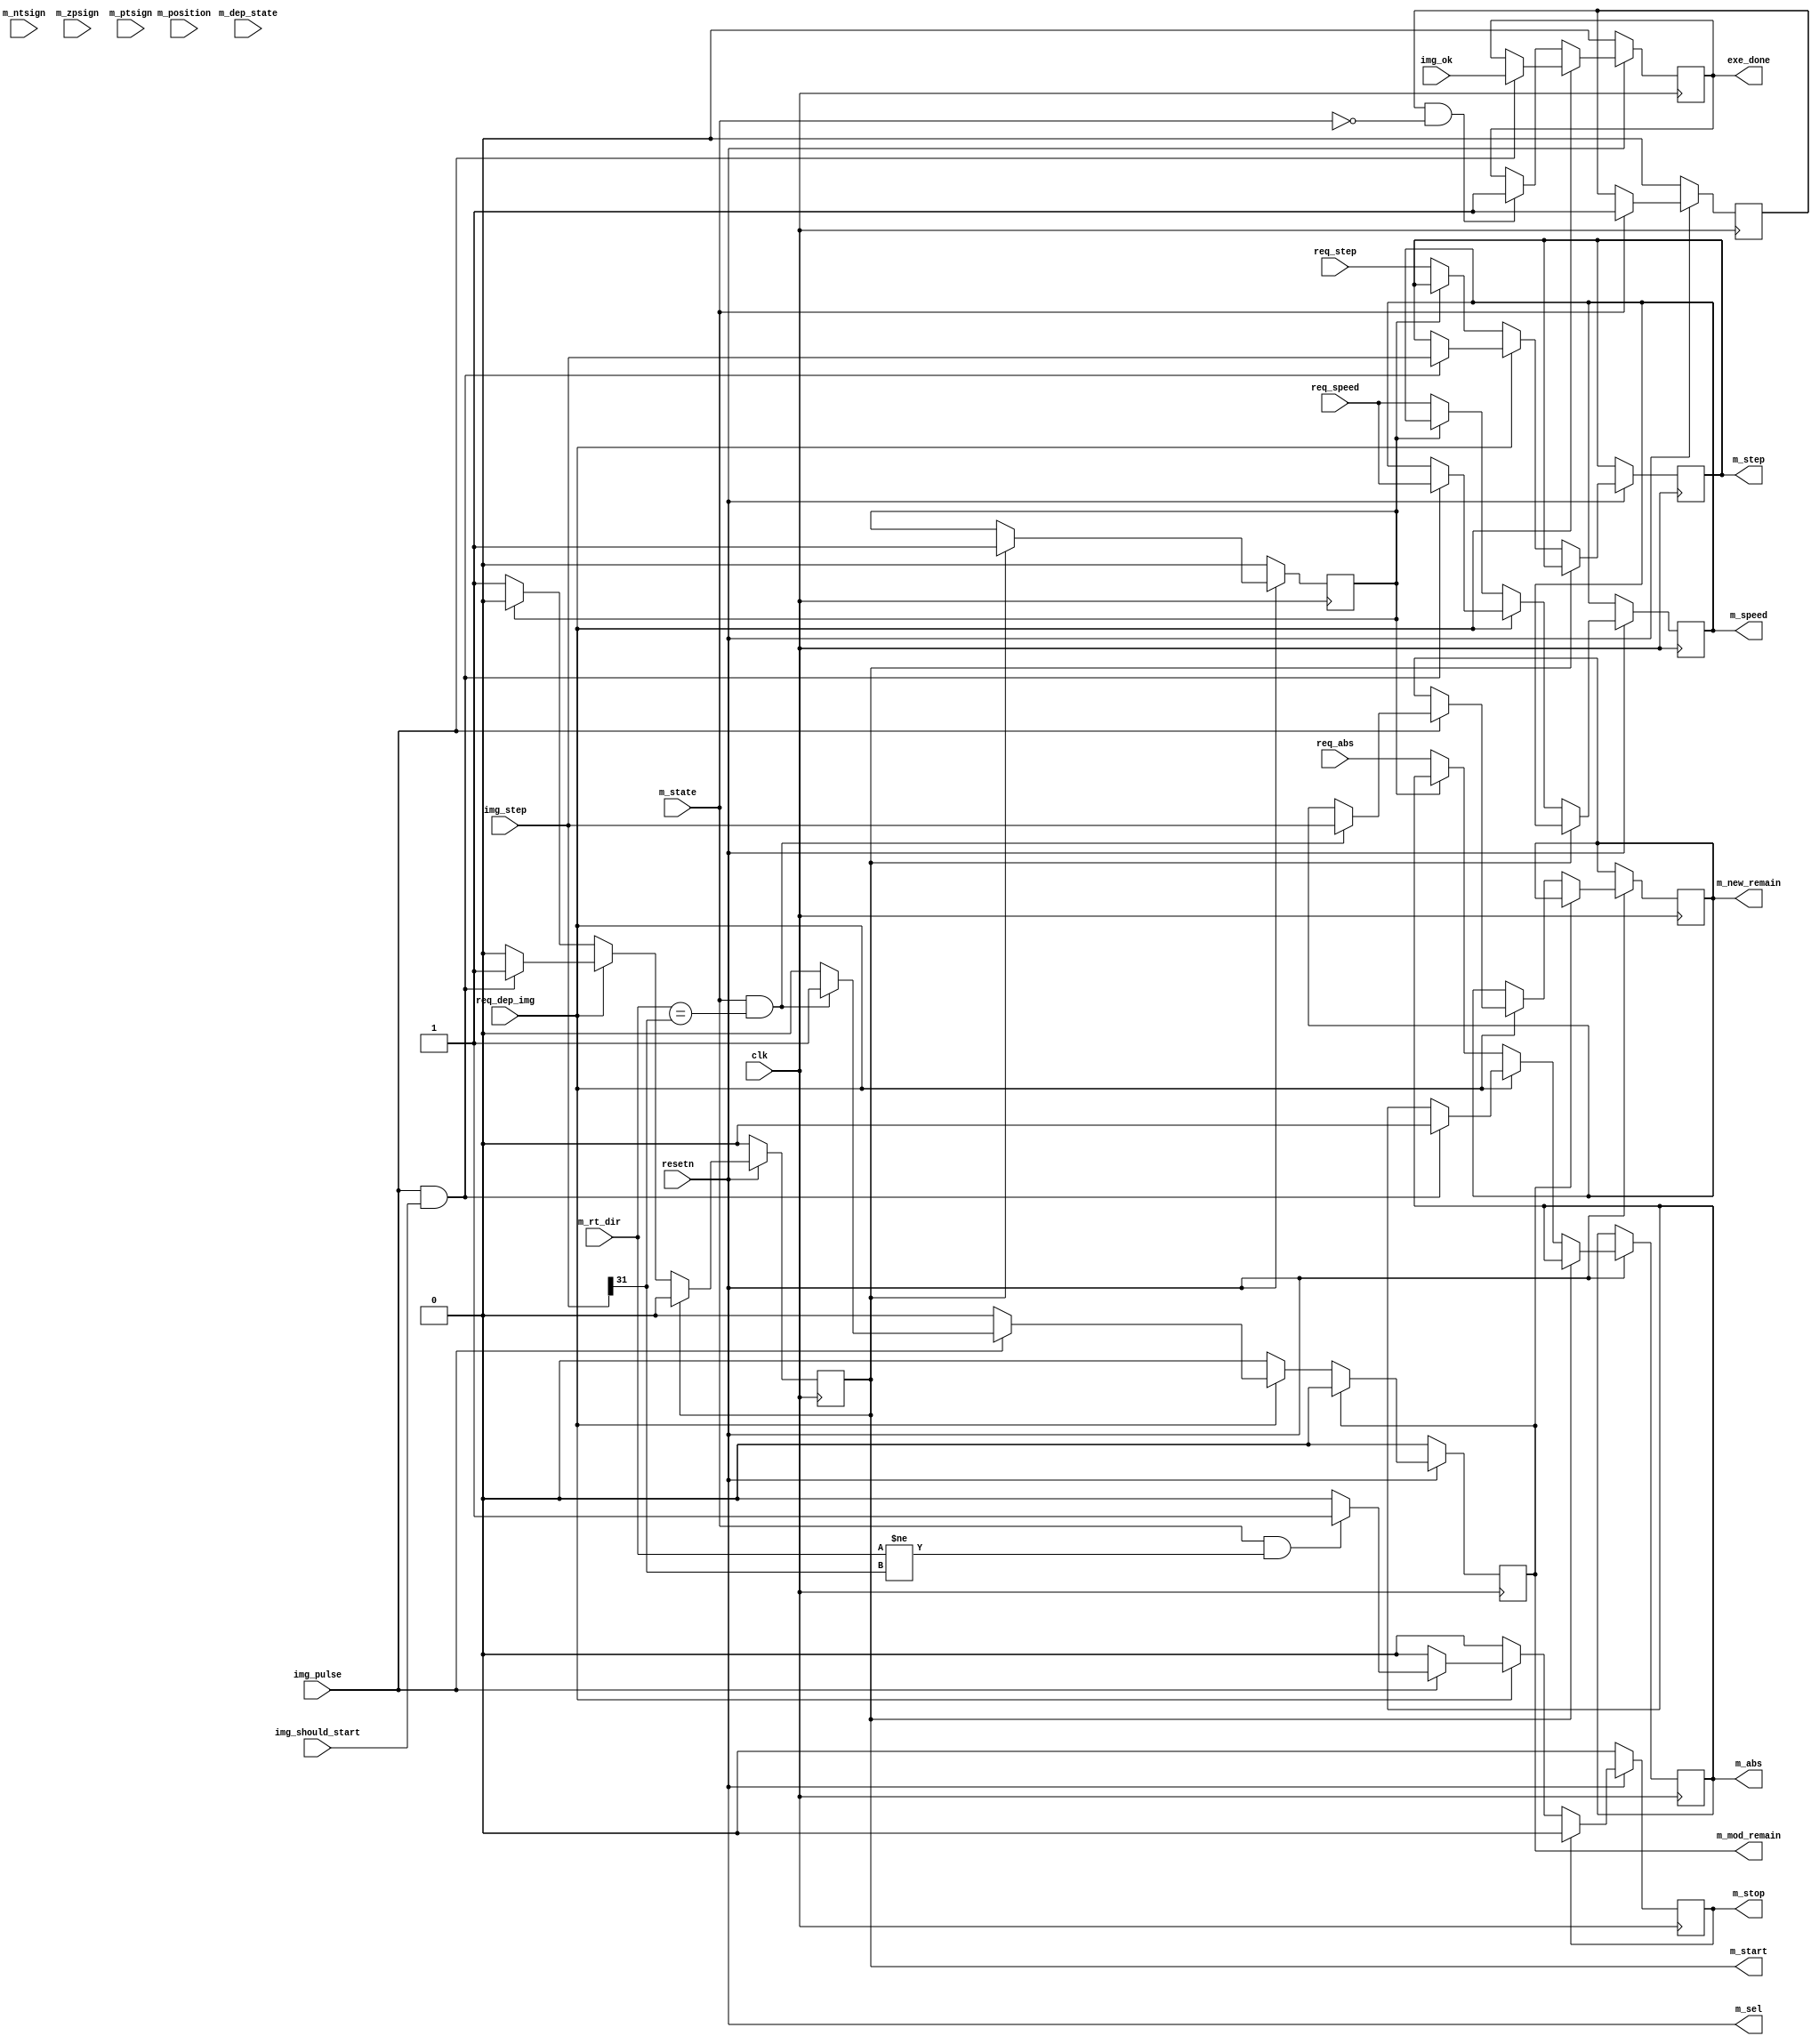
`timescale 1ns / 1ps

module AM_ctl # (
	parameter integer C_STEP_NUMBER_WIDTH = 32,
	parameter integer C_SPEED_DATA_WIDTH = 32
) (
	input wire clk,
	input wire resetn,

	output reg          exe_done,

	input wire                req_abs,
	input wire                req_dep_img,
	input wire [C_SPEED_DATA_WIDTH-1:0]  req_speed,
	input wire signed [C_STEP_NUMBER_WIDTH-1:0] req_step,

	output wire                                  m_sel     ,
	input  wire                                  m_ntsign  ,
	input  wire                                  m_zpsign  ,
	input  wire                                  m_ptsign  ,
	input  wire                                  m_state   ,
	input  wire                                  m_rt_dir  ,
	input  wire signed [C_STEP_NUMBER_WIDTH-1:0] m_position,
	output reg                                   m_start   ,
	output reg                                   m_stop    ,
	output reg  [C_SPEED_DATA_WIDTH-1:0]         m_speed   ,
	output reg  signed [C_STEP_NUMBER_WIDTH-1:0] m_step    ,
	output reg                                   m_abs     ,
	output reg                                   m_mod_remain,
	output reg  signed [C_STEP_NUMBER_WIDTH-1:0] m_new_remain,

	input  wire                           m_dep_state,

	input wire img_pulse,
	input wire signed [C_STEP_NUMBER_WIDTH-1:0] img_step,
	input wire img_ok,
	input wire img_should_start
);

	wire m_running;
	assign m_running = m_state;

	reg m_started;
	always @ (posedge clk) begin
		if (resetn == 1'b0)
			m_started <= 1'b0;
		else if (m_start)
			m_started <= 1'b1;
	end

	reg m_run_over;
	always @ (posedge clk) begin
		if (resetn == 1'b0)
			m_run_over <= 1'b0;
		else if (m_running)
			m_run_over <= 1'b1;
	end
	wire m_stopped;
	assign m_stopped = (m_run_over && ~m_running);

	always @ (posedge clk) begin
		if (resetn == 1'b0) begin
			exe_done <= 0;
		end
		else if (req_dep_img) begin
			if (img_pulse)
				exe_done <= img_ok;
		end
		else begin
			if (m_stopped)
				exe_done <= 1;
		end
	end

	/// start
	always @ (posedge clk) begin
		if (resetn == 1'b0) begin
			m_start  <= 1'b0;
		end
		else if (m_start == 1'b1) begin
			m_start  <= 1'b0;
		end
		else if (req_dep_img) begin
			if (img_pulse && img_should_start) begin
				m_start <= 1'b1;
				m_speed <= req_speed;
				m_step  <= img_step;
				m_abs   <= 1'b0;
			end
		end
		else begin
			if (m_started == 1'b0) begin
				m_start <= 1'b1;
				m_speed <= req_speed;
				m_step  <= req_step;
				m_abs   <= req_abs;
			end
		end
	end
	/// stop
	always @ (posedge clk) begin
		if (resetn == 1'b0) begin
			m_stop  <= 1'b0;
		end
		else if (m_stop == 1'b1) begin
			m_stop  <= 1'b0;
		end
		else if (req_dep_img) begin
			if (img_pulse) begin
				/// @note need change direction, stop it first
				if (m_running && (m_rt_dir != img_step[C_STEP_NUMBER_WIDTH-1])) begin
					m_stop <= 1'b1;
				end
			end
		end
	end
	/// modify remain
	always @ (posedge clk) begin
		if (resetn == 1'b0) begin
			m_mod_remain  <= 1'b0;
		end
		else if (m_mod_remain == 1'b1) begin
			m_mod_remain  <= 1'b0;
		end
		else if (req_dep_img) begin
			if (img_pulse) begin
				/// @note not need change direction, change remain
				if (m_running && (m_rt_dir == img_step[C_STEP_NUMBER_WIDTH-1])) begin
					m_mod_remain <= 1'b1;
					m_new_remain <= img_step;
				end
			end
		end
	end

	assign m_sel = resetn;
endmodule